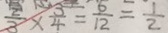
\frac { 2 } { 3 } \times \frac { 3 } { 4 } = \frac { 6 } { 1 2 } = \frac { 1 } { 2 }